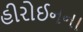
હીરોઈનના